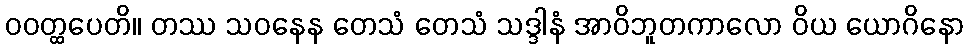
ဝဝတ္ထပေတိ။ တဿ သဝနေန တေသံ တေသံ သဒ္ဒါနံ အာဝိဘူတကာလော ဝိယ ယောဂိနော